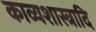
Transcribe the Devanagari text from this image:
काव्यशास्त्रादि